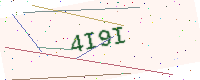
Text: 4I9I